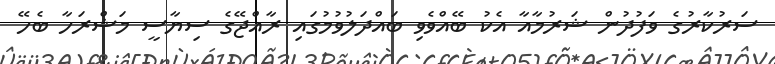
ސަރުކާރުގެ ވަފުދުން ޝަރުމާއާ އެކު ބޭއްވެވި ބައްދަލުވުމުގައި ރާއްޖޭގެ ސިޔާސީ މަޝްރަހާ ބެހޭ